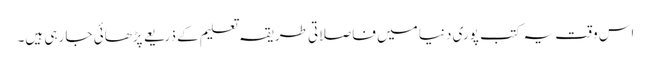
اس وقت یہ کتب پوری دنیا میں فاصلاتی طریقہ تعلیم کے ذریعے پڑھائی جا رہی ہیں۔